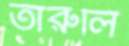
তারুলি